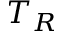
T _ { R }